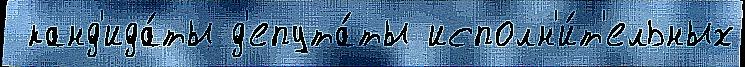
 канд'ида́ты д'епута́ты исполн'и́т'ельных